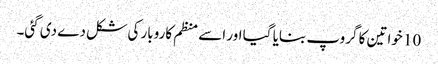
10 خواتین کا گروپ بنایا گیا اور اسے منظم کاروبار کی شکل دے دی گئی۔